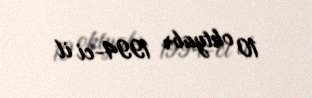
10 oktyabr 1994-ci il